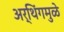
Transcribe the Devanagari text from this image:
अर्थिंगमुळे